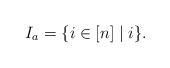
LaTeX: \begin{align*}I_a = \{ i \in [n] \mid i \}.\end{align*}